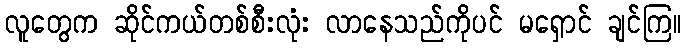
လူတွေက ဆိုင်ကယ်တစ်စီးလုံး လာနေသည်ကိုပင် မရှောင် ချင်ကြ။